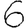
Digit: 6